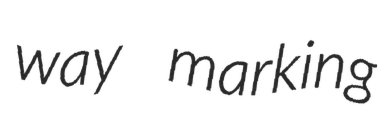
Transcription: way marking